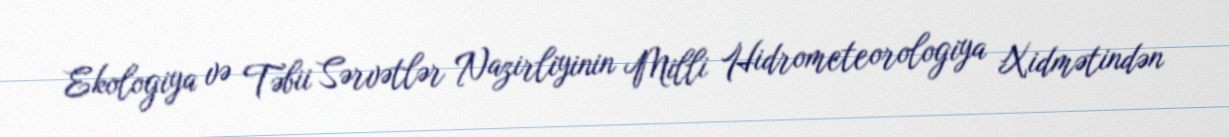
Ekologiya və Təbii Sərvətlər Nazirliyinin Milli Hidrometeorologiya Xidmətindən